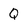
Character: Q